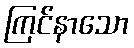
ကြင်နာသော